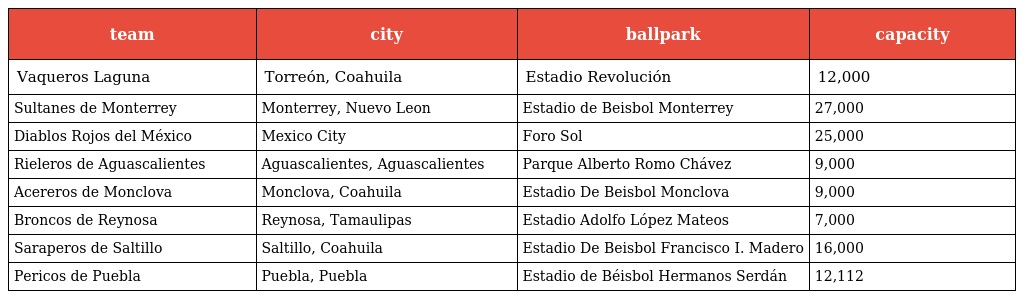
| team | city | ballpark | capacity |
 | --- | --- | --- | --- |
 | Vaqueros Laguna | Torreón, Coahuila | Estadio Revolución | 12,000 |
 | Sultanes de Monterrey | Monterrey, Nuevo Leon | Estadio de Beisbol Monterrey | 27,000 |
 | Diablos Rojos del México | Mexico City | Foro Sol | 25,000 |
 | Rieleros de Aguascalientes | Aguascalientes, Aguascalientes | Parque Alberto Romo Chávez | 9,000 |
 | Acereros de Monclova | Monclova, Coahuila | Estadio De Beisbol Monclova | 9,000 |
 | Broncos de Reynosa | Reynosa, Tamaulipas | Estadio Adolfo López Mateos | 7,000 |
 | Saraperos de Saltillo | Saltillo, Coahuila | Estadio De Beisbol Francisco I. Madero | 16,000 |
 | Pericos de Puebla | Puebla, Puebla | Estadio de Béisbol Hermanos Serdán | 12,112 |